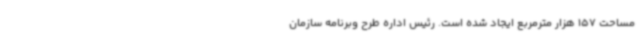
مساحت 157 هزار مترمربع ایجاد شده است. رئیس اداره طرح وبرنامه سازمان